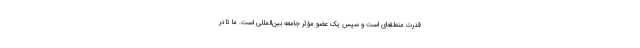
قدرت منطقه‌ای است و سپس یک عضو مؤثر جامعه بین‌المللی است. ما تا در